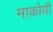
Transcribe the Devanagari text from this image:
माकोयी